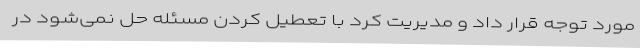
مورد توجه قرار داد و مدیریت کرد با تعطیل کردن مسئله حل نمی‌شود در